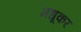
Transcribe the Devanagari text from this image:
मधूकर